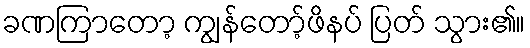
ခဏကြာတော့ ကျွန်တော့်ဖိနပ် ပြတ် သွား၏။